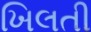
ખિલતી